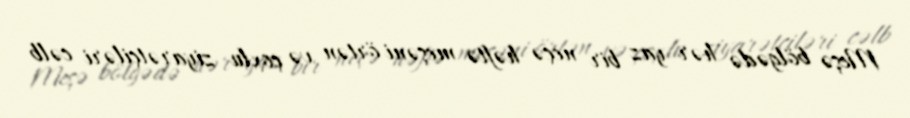
Meşə bölgədə hər yaz bir neçə həftə meşəni örtən və çoxlu ziyarətçiləri cəlb